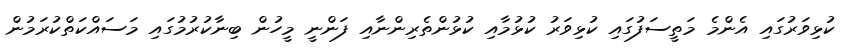
ކުޅިވަރުގައި އެންމެ މަތީސަފުގައި ކުޅިވަރު ކުޅުމާއި ކުޅުންތެރިންނާއި ފަންނީ މީހުން ބިނާކުރުމުގައި މަސައްކަތްކުރަމުން